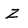
Character: Z